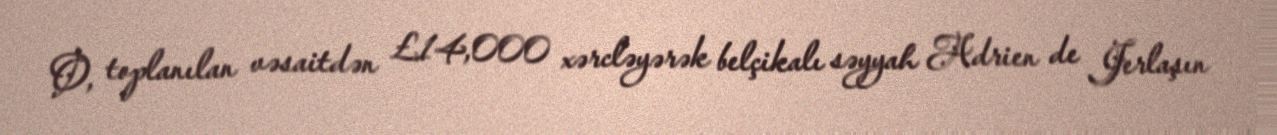
O, toplanılan vəsaitdən £14,000 xərcləyərək belçikalı səyyah Adrien de Jerlaşın